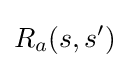
R_{a}(s,s')